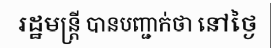
រដ្ឋមន្ត្រី បានបញ្ជាក់ថា នៅថ្ងៃ